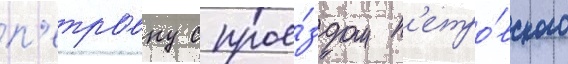
п'етровку с прое́здом п'етро́вского